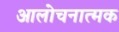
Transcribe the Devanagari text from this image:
आलोचनात्‍मक